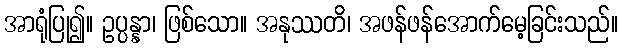
အာရုံပြု၍။ ဥပ္ပန္နာ၊ ဖြစ်သော။ အနုဿတိ၊ အဖန်ဖန်အောက်မေ့ခြင်းသည်။